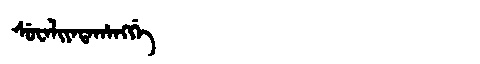
Manchu: ᠰᡠᠸᠠᠯᡳᠶᠠᡨᠠᡥᠠᠩᡤᡝ
Romanization: SUWALIYATAHANGGE